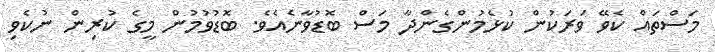
މަސްތައް ކެވޭ ވަރަކުން ކުޅެމުންގެންދާ މަސް ބޮޑުވާނެއެވެ. ބޮޑުވުމުން މީގެ ކުރިން ނުކެވި